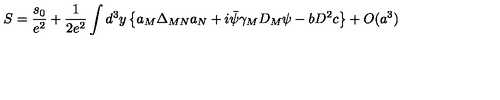
S = \frac { s _ { 0 } } { e ^ { 2 } } + \frac { 1 } { 2 e ^ { 2 } } \int d ^ { 3 } y \left\{ a _ { M } \Delta _ { M N } a _ { N } + i \bar { \psi } \gamma _ { M } D _ { M } \psi - b D ^ { 2 } c \right\} + O ( a ^ { 3 } )